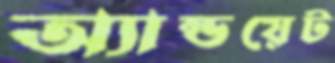
অ্যান্ডয়েট